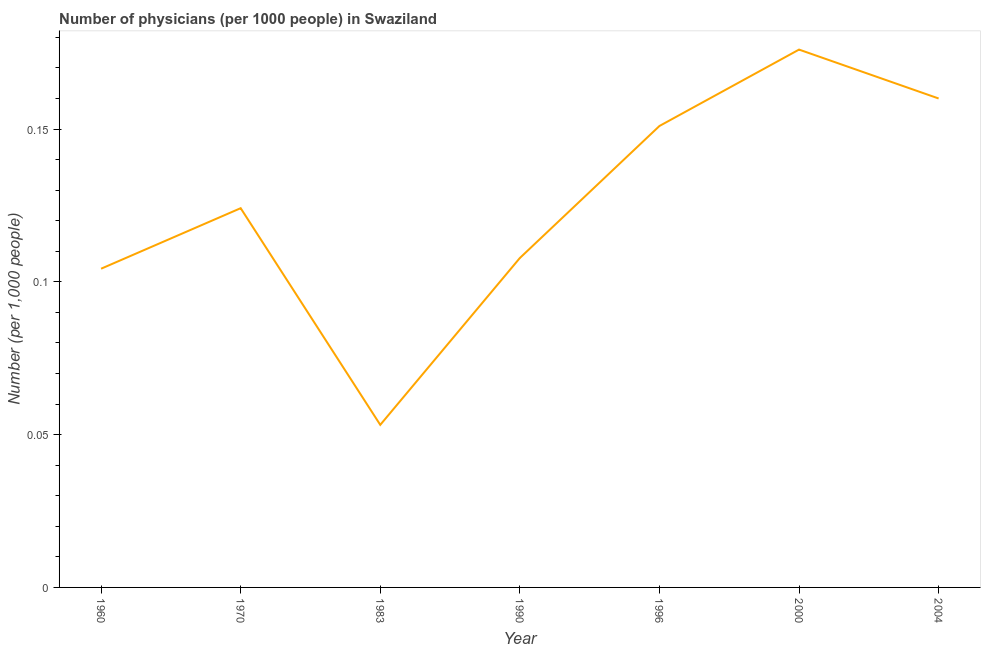
| Year | Physicians |
 | --- | --- |
 | 1960 | 0.104 |
 | 1970 | 0.124 |
 | 1983 | 0.0532 |
 | 1990 | 0.108 |
 | 1996 | 0.151 |
 | 2000 | 0.176 |
 | 2004 | 0.16 |